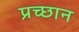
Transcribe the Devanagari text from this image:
प्रच्छान